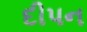
દીપન